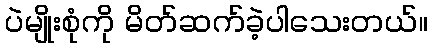
ပဲမျိုးစုံကို မိတ်ဆက်ခဲ့ပါသေးတယ်။